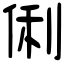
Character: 俐